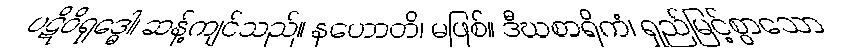
ပဋိဝိရုဒ္ဓေါ၊ ဆန့်ကျင်သည်။ နဟောတိ၊ မဖြစ်။ ဒီဃစာရိကံ၊ ရှည်မြင့်စွာသော